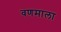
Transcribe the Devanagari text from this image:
वणमाला